Medical and sanitary report of the native army of Madras for the year
Year: 1872
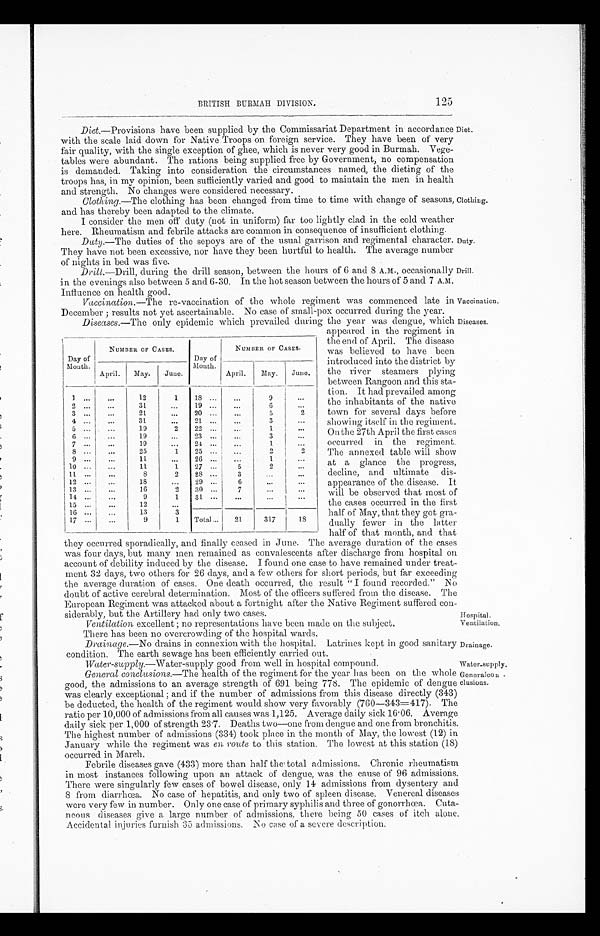
BRITISH BURMAH DIVISION.
125
Diet. —Provisions have been supplied by the Commissariat Department in accordance Diet.
with the scale laid down for Native Troops on foreign service. They have been of very
fair quality, with the single exception of ghee, which is never very good in Burmah. Vege-
tables were abundant. The rations being supplied free by Government, no compensation
is demanded. Taking into consideration the circumstances named, the dieting of the
troops has, in my opinion, been sufficiently varied and good to maintain the men in health
and strength. No changes were considered necessary.
Clothing. —The clothing has been changed from time to time with change of seasons, Clothing.
and has thereby been adapted to the climate.
I consider the men off duty (not in uniform) far too lightly clad in the cold weather
here. Rheumatism and febrile attacks are common in consequence of insufficient clothing.
Duty.—The duties of the sepoys are of the usual garrison and regimental character. Duty.
They have not been excessive, nor have they been hurtful to health. The average number
of nights in bed was five.
Drill.—Drill, during the drill season, between the hours of 6 and 8 A.M., occasionally Drill.
in the evenings also between 5 and 6-30. In the hot season between the hours of 5 and 7 A.M.
Influence on health good.
Vaccination. —The re-vaccination of the whole regiment was commenced late in Vaccination.
December ; results not yet ascertainable. No case of small-pox occurred during the year.
Diseases.—The only epidemic which prevailed during the year was dengue, which Diseases.
Day of
Mouth.
NUMBER OF CASES.
Day of
Month.
NUMBER OF CASES.
April.
May.
June.
April.
May.
June.
1
...
12
1
18 ...
...
9 ...
2
...
31
...
19 ...
...
6
...
3
...
2 1
...
20 ...
...
5
2
4
...
3 1
...
21 ...
...
3
...
5
...
19
2
22 ...
...
1
...
6
19
. . . 23
...
. . .
3
...
7
...
19
. . .
24 ...
. . .
1
. . .
8
...
25
1
25 ...
...
2
2
9
...
11
...
26 ...
...
1
...
10
...
11
1
27 ...
5
2
...
11
...
8
2
28 ...
3
...
...
12
...
18
...
29 ...
6
...
...
13
...
16
2
30 ...
7
...
...
14
...
9
1
31 ...
...
...
...
15
..
12
...
16
....
13
3
17
...
9
1
Total ...
21
317
18
appeared in the regiment in
the end of April. The disease
was believed to have been
introduced into the district by
the river steamers plying
between Rangoon and this sta-
tion. It had prevailed among
the inhabitants of the native
town for several clays before
showing itself in the regiment.
On the 27th April the first cases
occurred in the regiment.
The annexed table will show
at a glance the progress,
decline, and ultimate dis-
appearance of the disease. It
will be observed that most of
the cases occurred in the first
half of May, that they got gra
- d u a l l y f e w e r i n t h e l a t t e r
half of that month, and that
they occurred sporadically, and finally ceased in June. The average duration of the cases
was four days, but many men remained as convalescents after discharge front hospital on
account of debility induced by the disease. I found one case to have remained under treat-
ment 32 days, two others for 26 clays, and a few others for short periods, but far exceeding
the average duration of cases. One death occurred, the result " I found recorded." No
doubt of active cerebral determination. Most of the officers suffered from the disease. The
European Regiment was attacked about a fortnight after the Native Regiment suffered con-
siderably, but the Artillery had only two cases.
Ventilation excellent ; no representations have been made on the subject.
There has been no overcrowding of the hospital wards.
Drainage. —No drains in connexion with the hospital. Latrines kept in good sanitary
condition. The earth sewage has been efficiently carried out.
Water-supply. —Water-supply good from well in hospital compound.
General conclusions.—The health of the regiment for the year has been on the whole
good, the admissions to an average strength of 691 being 778. The epidemic of dengue
was clearly exceptional ; and if the number of admissions from this disease directly (343)
be deducted, the health of the regiment would show very favorably (760—343==417). The
ratio per 10,000 of admissions from all causes was 1,125. Average daily sick 16.06. Average
daily sick per 1,000 of strength 23 .7. Deaths two—one from dengue and one from bronchitis.
The highest number of admissions (334) too k place in the month of May, the lowest (12) in
January while the regiment was en route to this station. The lowest at this station (18)
occurred in March.
Febrile diseases gave (433) more than half the total admissions. Chronic rheumatism
in most instances following upon an attack of dengue, was the cause of 96 admissions.
There were singularly few cases of bowel disease, only 14 admissions from dysentery and
8 from diarrhoea. No case of hepatitis, and only two of spleen disease. Venereal diseases
were very few in number. Only one case of primary syphilis and three of gonorrhœa. Cuta-
neous diseases give a. large number of admissions, thieve being 50 cases of itch alone.
Accidental injuries furnish 35 admissions, No case of a. severe description.
Hospital.
Ventilation.
Drainage.
water-supply.
General con
-c lusions.